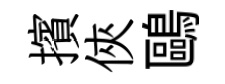
擯俠鷗